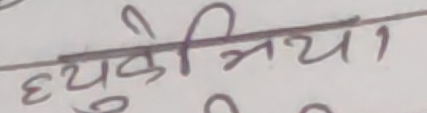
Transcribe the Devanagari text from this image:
ध्युकेमिया